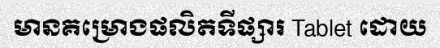
មានគម្រោងផលិតទីផ្សារ Tablet ដោយ